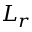
L _ { r }